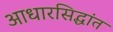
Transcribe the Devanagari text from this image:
आधारसिद्धांत